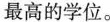
最高的学位。